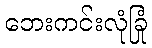
ဘေးကင်းလုံခြုံ